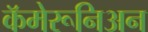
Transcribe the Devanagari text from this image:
कॅमेरूनिअन